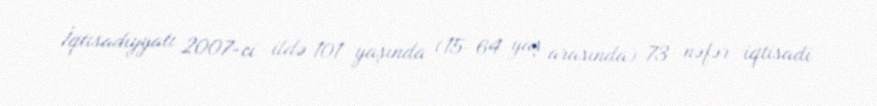
İqtisadiyyatı 2007-ci ildə 101 yaşında (15–64 yaş arasında) 73 nəfər iqtisadi